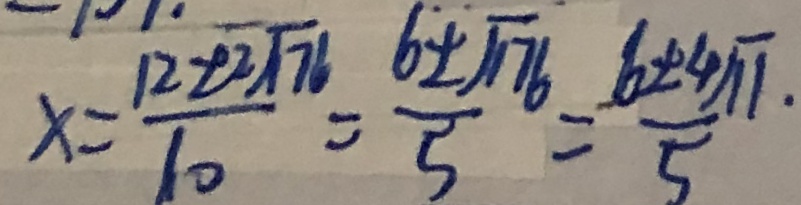
x = \frac { 1 2 \pm 2 \sqrt { 1 7 6 } } { 1 0 } = \frac { 6 \pm \sqrt { 1 7 6 } } { 5 } = \frac { 6 \pm 4 \sqrt { 1 1 . } } { 5 }